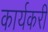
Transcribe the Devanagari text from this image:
कार्यकरी